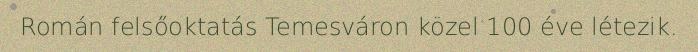
Román felsőoktatás Temesváron közel 100 éve létezik.